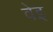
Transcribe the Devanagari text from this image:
वेइ